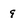
Character: 9